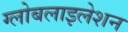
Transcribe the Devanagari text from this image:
ग्‍लोबलाइलेशन